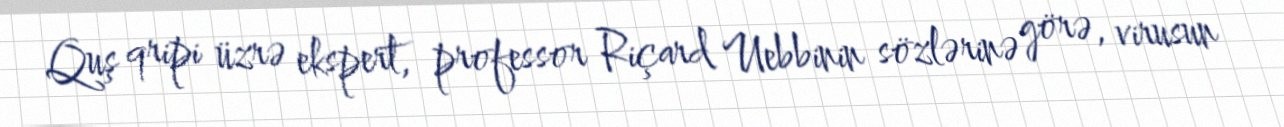
Quş qripi üzrə ekspert, professor Riçard Uebbinin sözlərinə görə, virusun